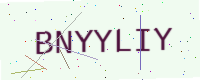
Text: BNYYLIY